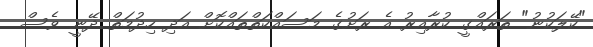
"ކޭލަކުނު" ތަރައްގީ ކުރާއިރު އެ ރަށުގެ މަަސައްކަތްތައްކޮށް އަދި ހިދުމަތް ދޭނީ ވެސް